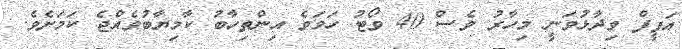
އަފީފް ވިދާޅުވަނީ މިހާރު ވެސް 40 ވޯޓު ހަމަވެ އިންތިހާބު ކާމިޔާބުވެއްޖެ ކަމަށެވެ.